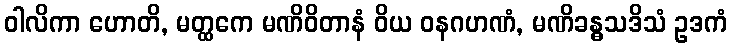
ဝါလိကာ ဟောတိ, မတ္ထကေ မဏိဝိတာနံ ဝိယ ဝနဂဟဏံ, မဏိခန္ဓသဒိသံ ဥဒကံ